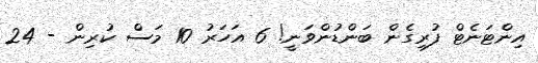
އިންޓަނެޓް ފުރިގެން ބަންޑުންވަނީ! 6 އަހަރު 10 މަސް ކުރިން - 24